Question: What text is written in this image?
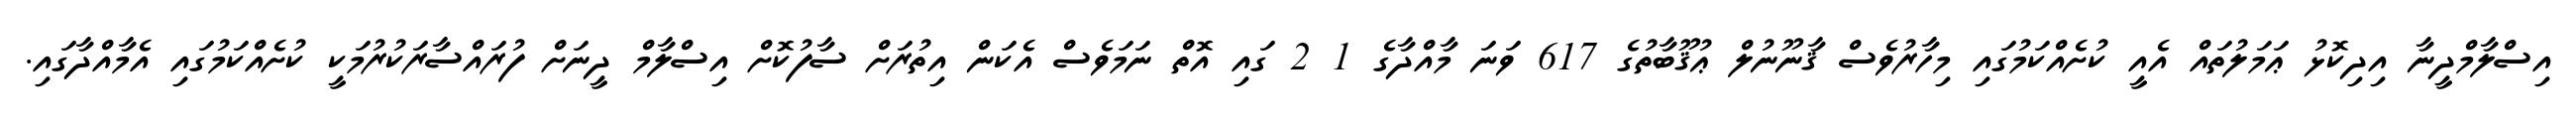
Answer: އިސްލާމްދީނާ އިދިކޮޅު ޢަމަލުތައް އެއީ ކުށެއްކަމުގައި މިހާރުވެސް ޤާނޫނުލް ޢުޤޫބާތުގެ 617 ވަނަ މާއްދާގެ 1 2 ގައި އޮތް ނަމަވެސް އެކަން އިތުރަށް ސާފުކޮށް އިސްލާމް ދީނަށް ފުރައްސާރަކުރުމަކީ ކުށެއްކަމުގައި އެމާއްދާގައި.